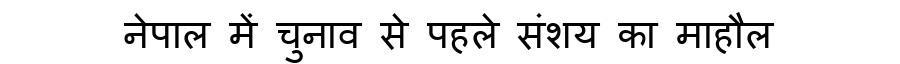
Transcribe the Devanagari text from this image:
नेपाल में चुनाव से पहले संशय का माहौल